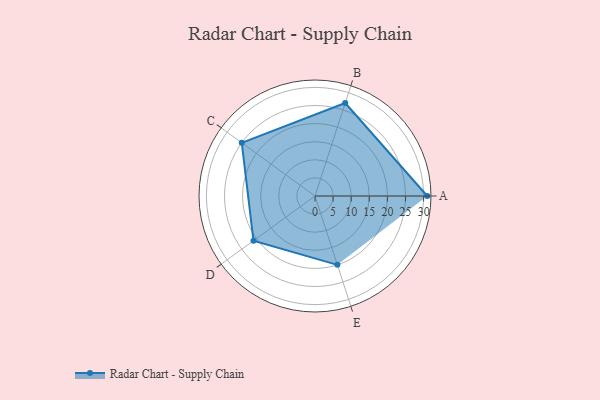
{"axis": {"x": "Skill", "y": "Score"}, "legend": ["Profile"], "data": [{"x": "A", "y": 31.0, "type": "Profile"}, {"x": "B", "y": 27.0, "type": "Profile"}, {"x": "C", "y": 25.0, "type": "Profile"}, {"x": "D", "y": 21.0, "type": "Profile"}, {"x": "E", "y": 20, "type": "Profile"}]}